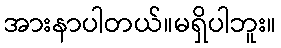
အားနာပါတယ်။မရှိပါဘူး။